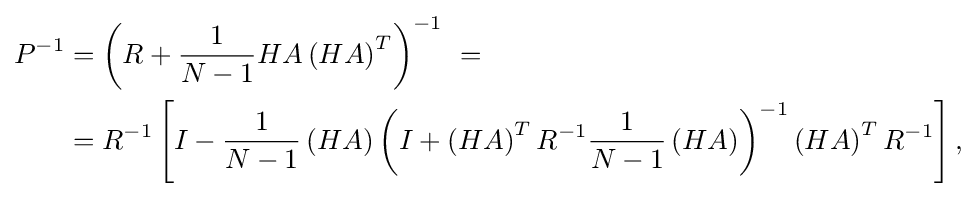
{\begin{aligned}P^{-1}&=\left(R+{\frac {1}{N-1}}HA\left(HA\right)^{T}\right)^{-1}\ =\\&=R^{-1}\left[I-{\frac {1}{N-1}}\left(HA\right)\left(I+\left(HA\right)^{T}R^{-1}{\frac {1}{N-1}}\left(HA\right)\right)^{-1}\left(HA\right)^{T}R^{-1}\right],\end{aligned}}